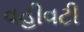
વહીવટી